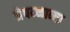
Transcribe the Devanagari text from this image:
त्रेपन्नाव्या